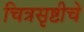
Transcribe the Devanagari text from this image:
चित्रसृष्टीचे